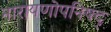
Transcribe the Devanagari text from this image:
नारायणोपनिषद्